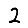
Digit: 2